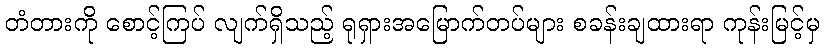
တံတားကို စောင့်ကြပ် လျက်ရှိသည့် ရုရှားအမြောက်တပ်များ စခန်းချထားရာ ကုန်းမြင့်မှ